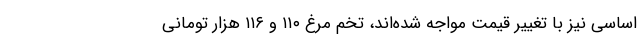
اساسی نیز با تغییر قیمت مواجه شده‌اند، تخم مرغ ۱۱۰ و ۱۱۶ هزار تومانی